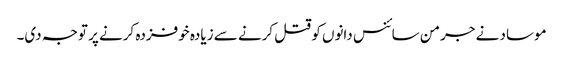
موساد نے جرمن سائنس دانوں کو قتل کرنے سے زیادہ خوفزدہ کرنے پر توجہ دی۔